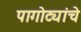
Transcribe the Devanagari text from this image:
पागोट्यांचे